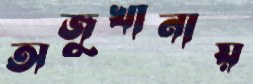
অজুখানায়